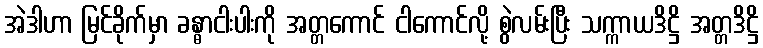
အဲဒါဟာ မြင်ခိုက်မှာ ခန္ဓာငါးပါးကို အတ္တကောင် ငါကောင်လို့ စွဲလမ်းပြီး သက္ကာယဒိဋ္ဌိ အတ္တဒိဋ္ဌိ